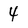
Character: 4